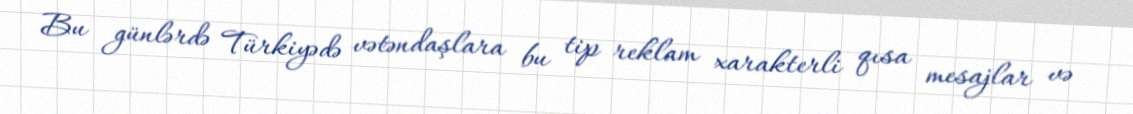
Bu günlərdə Türkiyədə vətəndaşlara bu tip reklam xarakterli qısa mesajlar və